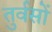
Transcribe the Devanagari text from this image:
तुर्वसों